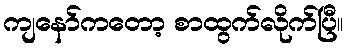
ကျနော်ကတော့ စာထွက်လိုက်ပြီ။